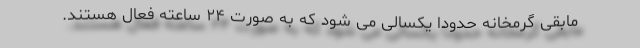
مابقی گرمخانه حدودا یکسالی می شود که به صورت ۲۴ ساعته فعال هستند.